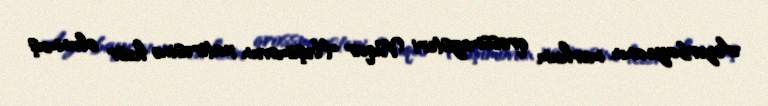
Azərbaycanın mərhum qrossmeysteri Vüqar Həşimovun xatirəsinə həsr olunmuş